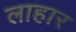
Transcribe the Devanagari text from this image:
लाहार